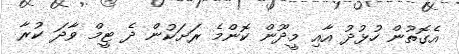
އެގޮތުން ހުޅުދު އާއި މީދޫން ކޮންމެ ރަށަކުން ދެ ޓީމް ވާދަ ކުރާ